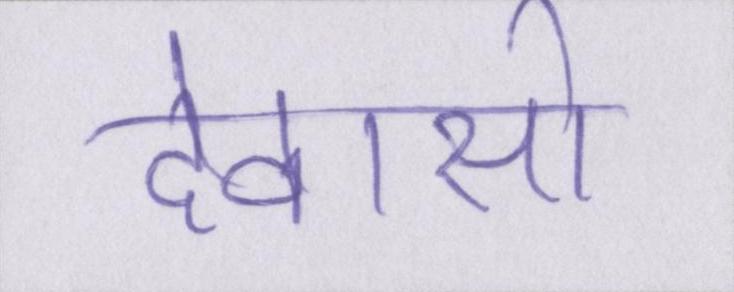
देवासो